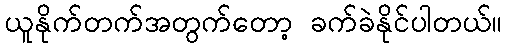
ယူနိုက်တက်အတွက်တော့ ခက်ခဲနိုင်ပါတယ်။